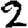
Digit: 2